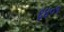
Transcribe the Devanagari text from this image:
६४०१